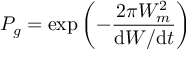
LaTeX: P _ { g } = \exp \left( - { \frac { 2 \pi W _ { m } ^ { 2 } } { \mathrm { d } W / \mathrm { d } t } } \right)